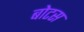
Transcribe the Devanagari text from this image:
बोटस